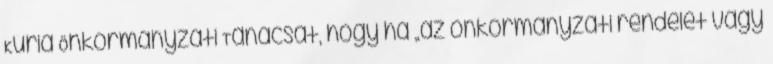
Kúria Önkormányzati Tanácsát, hogy ha „az önkormányzati rendelet vagy